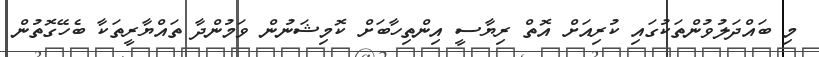
މި ބައްދަލުވުންތަކުގައި ކުރިއަށް އޮތް ރިޔާސީ އިންތިހާބަށް ކޮމިޝަނުން ވަމުންދާ ތައްޔާރީތަކާ ބެހޭގޮތުން